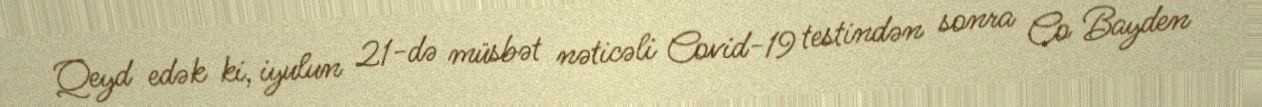
Qeyd edək ki, iyulun 21-də müsbət nəticəli Covid-19 testindən sonra Co Bayden